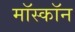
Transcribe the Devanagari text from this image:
मॉस्कॉन